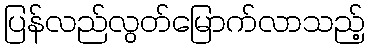
ပြန်လည်လွတ်မြောက်လာသည့်